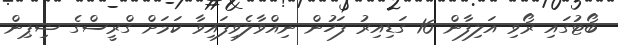
ބޯޓުގައި ރޯވި އަލިފާން 16 ގަޑިއިރު ފަހުން ނިއްވާލެވިފައިވާ ކަމަށް ގްރީސްގެ ޝިޕިން